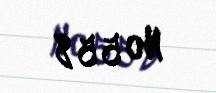
№ 558